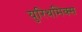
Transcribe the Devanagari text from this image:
युरिथमिक्स